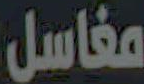
مغاسل